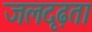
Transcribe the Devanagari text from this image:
जलदृढ़ता